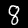
Digit: 8